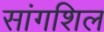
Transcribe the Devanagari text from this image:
सांगशिल